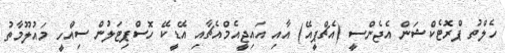
ހެލްތު ޕްރޮޓެކްޝަން އެޖެންސީ (އެޗްޕީއޭ) އާއި އައިޖީއެމްއެޗާއި އޭޑީކޭ ހޮސްޕިޓަލުން ސިއްހީ މައުލޫމާތު